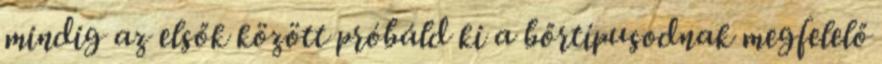
mindig az elsők között próbáld ki a bőrtípusodnak megfelelő